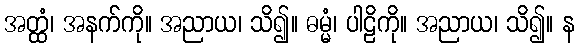
အတ္ထံ၊ အနက်ကို။ အညာယ၊ သိ၍။ ဓမ္မံ၊ ပါဠိကို။ အညာယ၊ သိ၍။ န